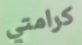
كرامتي